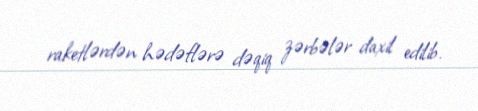
raketlərdən hədəflərə dəqiq zərbələr daxil edilib.